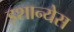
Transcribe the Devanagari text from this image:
इशान्येस